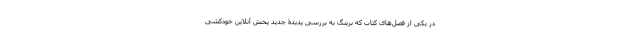
در یکی از فصل‌های کتاب که برینگ به بررسی پدیدۀ جدیدِ پخش آنلاین خودکشی